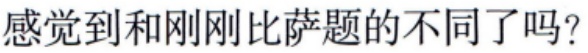
感觉到和刚刚比萨题的不同了吗？